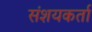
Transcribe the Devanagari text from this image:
संशयकर्ता